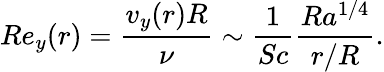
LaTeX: Re_{y}(r)=\frac{v_{y}(r)R}{\nu}\sim\frac{1}{Sc}\frac{Ra^{1/4}}{r/R}.